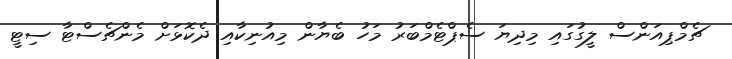
ޗެމްޕިއަންސް ލީގުގައި މިދިޔަ ސެޕްޓެމްބަރު މަހު ބެޔާން މިއުނިކާއި ދެކޮޅަށް މެންޗެސްޓާ ސިޓީ